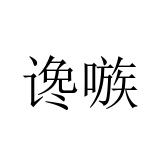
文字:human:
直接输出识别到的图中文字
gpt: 谗嗾